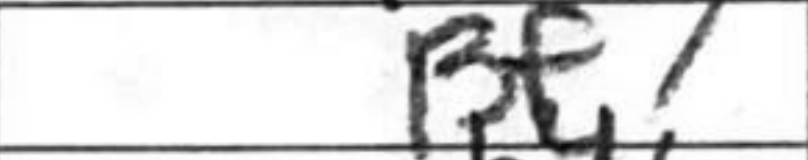
Transcription: Bf7